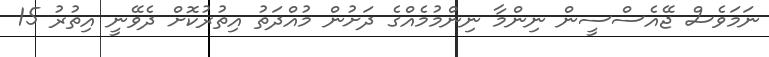
ނަމަވެސް ޖޭއެސްސީން ނިންމާ ނިންމުމެއްގެ ދަށުން މުއްދަތު އިތުރުކޮށް ދެވޭނީ އިތުރު 15